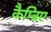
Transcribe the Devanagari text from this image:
कैम्ब्रिए